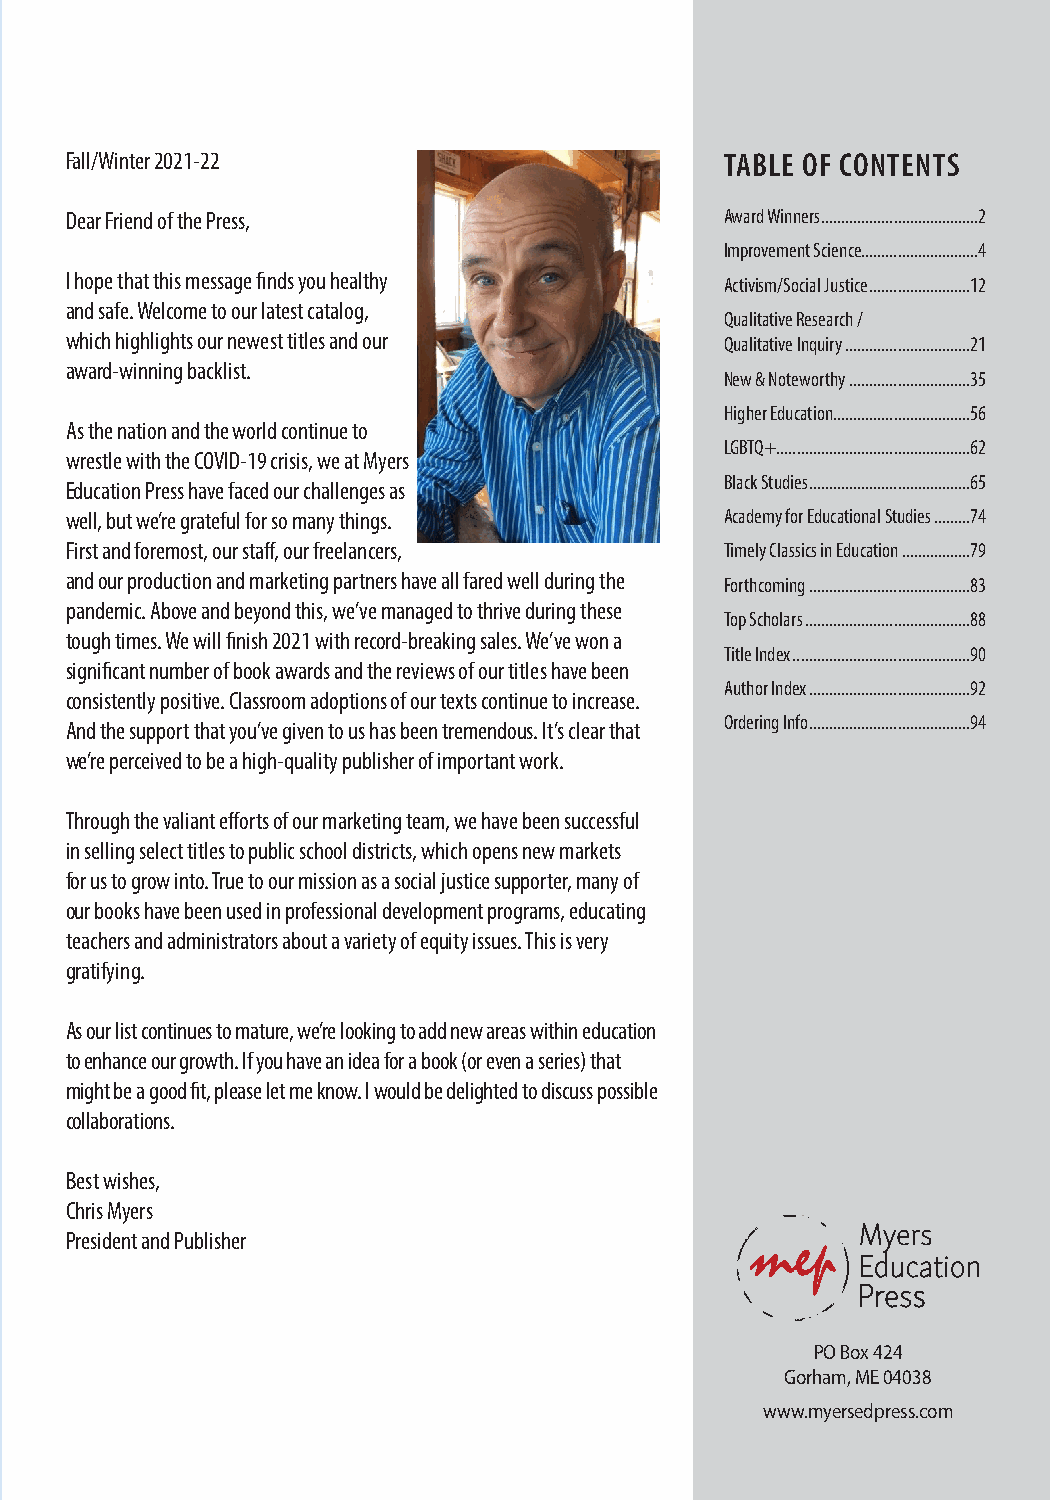
Fall/Winter 2021-22                         TABLE OF CONTENTS
 Dear Friend of the Press,                   Award Winners .......................................2
 Improvement Science.............................4
 I hope that this message finds you healthy  Activism/Social Justice .........................12
 and safe. Welcome to our latest catalog,
 Qualitative Research /
 which highlights our newest titles and our  Qualitative Inquiry ...............................21
 award-winning backlist.
 New & Noteworthy ..............................35
 Higher Education..................................56
 As the nation and the world continue to
 LGBTQ+ ................................................62
 wrestle with the COVID-19 crisis, we at Myers
 Black Studies ........................................65
 Education Press have faced our challenges as
 well, but we’re grateful for so many things. Academy for Educational Studies .........74
 First and foremost, our staff, our freelancers, Timely Classics in Education .................79
 and our production and marketing partners have all fared well during the Forthcoming ........................................83
 pandemic. Above and beyond this, we’ve managed to thrive during these
 Top Scholars .........................................88
 tough times. We will finish 2021 with record-breaking sales. We’ve won a
 Title Index ............................................90
 significant number of book awards and the reviews of our titles have been
 Author Index ........................................92
 consistently positive. Classroom adoptions of our texts continue to increase.
 Ordering Info ........................................94
 And the support that you’ve given to us has been tremendous. It’s clear that
 we’re perceived to be a high-quality publisher of important work.
 Through the valiant efforts of our marketing team, we have been successful
 in selling select titles to public school districts, which opens new markets
 for us to grow into. True to our mission as a social justice supporter, many of
 our books have been used in professional development programs, educating
 teachers and administrators about a variety of equity issues. This is very
 gratifying.
 As our list continues to mature, we’re looking to add new areas within education
 to enhance our growth. If you have an idea for a book (or even a series) that
 might be a good fit, please let me know. I would be delighted to discuss possible
 collaborations.
 Best wishes,
 Chris Myers
 President and Publisher
 www.myersedpress.com
 PO Box 424
 Gorham, ME 04038
 www.myersedpress.com